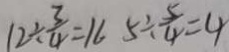
1 2 \div \frac { 3 } { 4 } = 1 6 5 \div \frac { 5 } { 4 } = 4